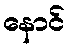
နောင်